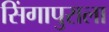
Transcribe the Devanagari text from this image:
सिंगापुराला